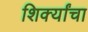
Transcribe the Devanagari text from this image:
शिर्क्यांचा